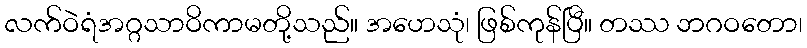
လက်ဝဲရံအဂ္ဂသာဝိကာမတို့သည်။ အဟေသုံ၊ ဖြစ်ကုန်ပြီ။ တဿ ဘဂဝတော၊